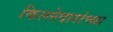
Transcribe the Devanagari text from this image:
किल्लेदारांच्या